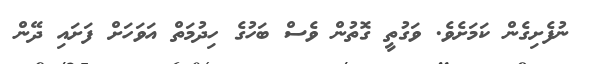
ނުފެށިގެން ކަމަށެވެ. ވަގުތީ ގޮތުން ވެސް ބަހުގެ ހިދުމަތް އަވަހަށް ފަށައި ދޭން